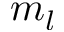
m _ { l }